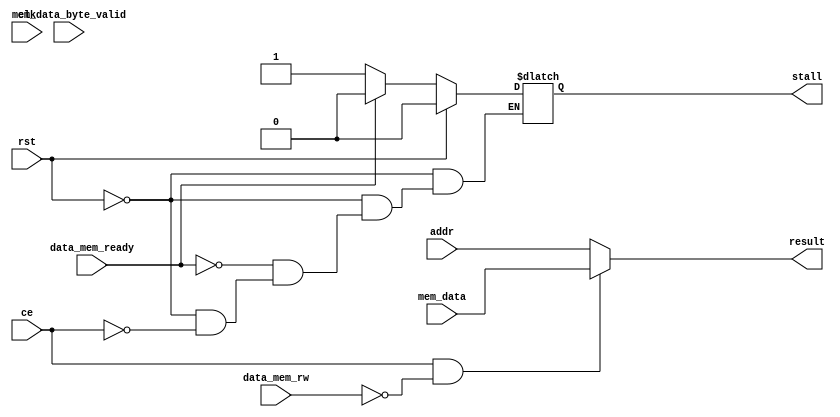
`define MEM_DELAY 4

module mem (
	input wire clk,
	input wire rst,

    input wire ce,
	input wire data_mem_rw,
	input wire[63:0] mem_data,
	input wire[7:0] mem_data_byte_valid,
	input wire[63:0] addr,

    input wire data_mem_ready,
    output wire[63:0] result,
	output reg stall
);
	assign result = (ce == 1'b1 && data_mem_rw == 1'b0) ? mem_data : addr;

	always @(*) begin
		if (rst == 1'b1) begin
			stall = 1'b0;
		end else begin
		    if (ce == 1'b1) begin
			    stall = 1'b1;
			end
			
			if (data_mem_ready == 1'b1) begin
			    stall = 1'b0;
			end
		end	
	end

endmodule